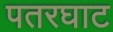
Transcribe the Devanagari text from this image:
पतरघाट